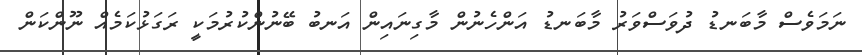
ނަމަވެސް މާބަނޑު ދުވަސްވަރު މާބަނޑު އަންހެނުން މާގިނައިން އަނބު ބޭނުންކުރުމަކީ ރަގަޅުކަމެއް ނޫންކަން